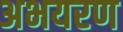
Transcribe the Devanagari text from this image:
अभयरण